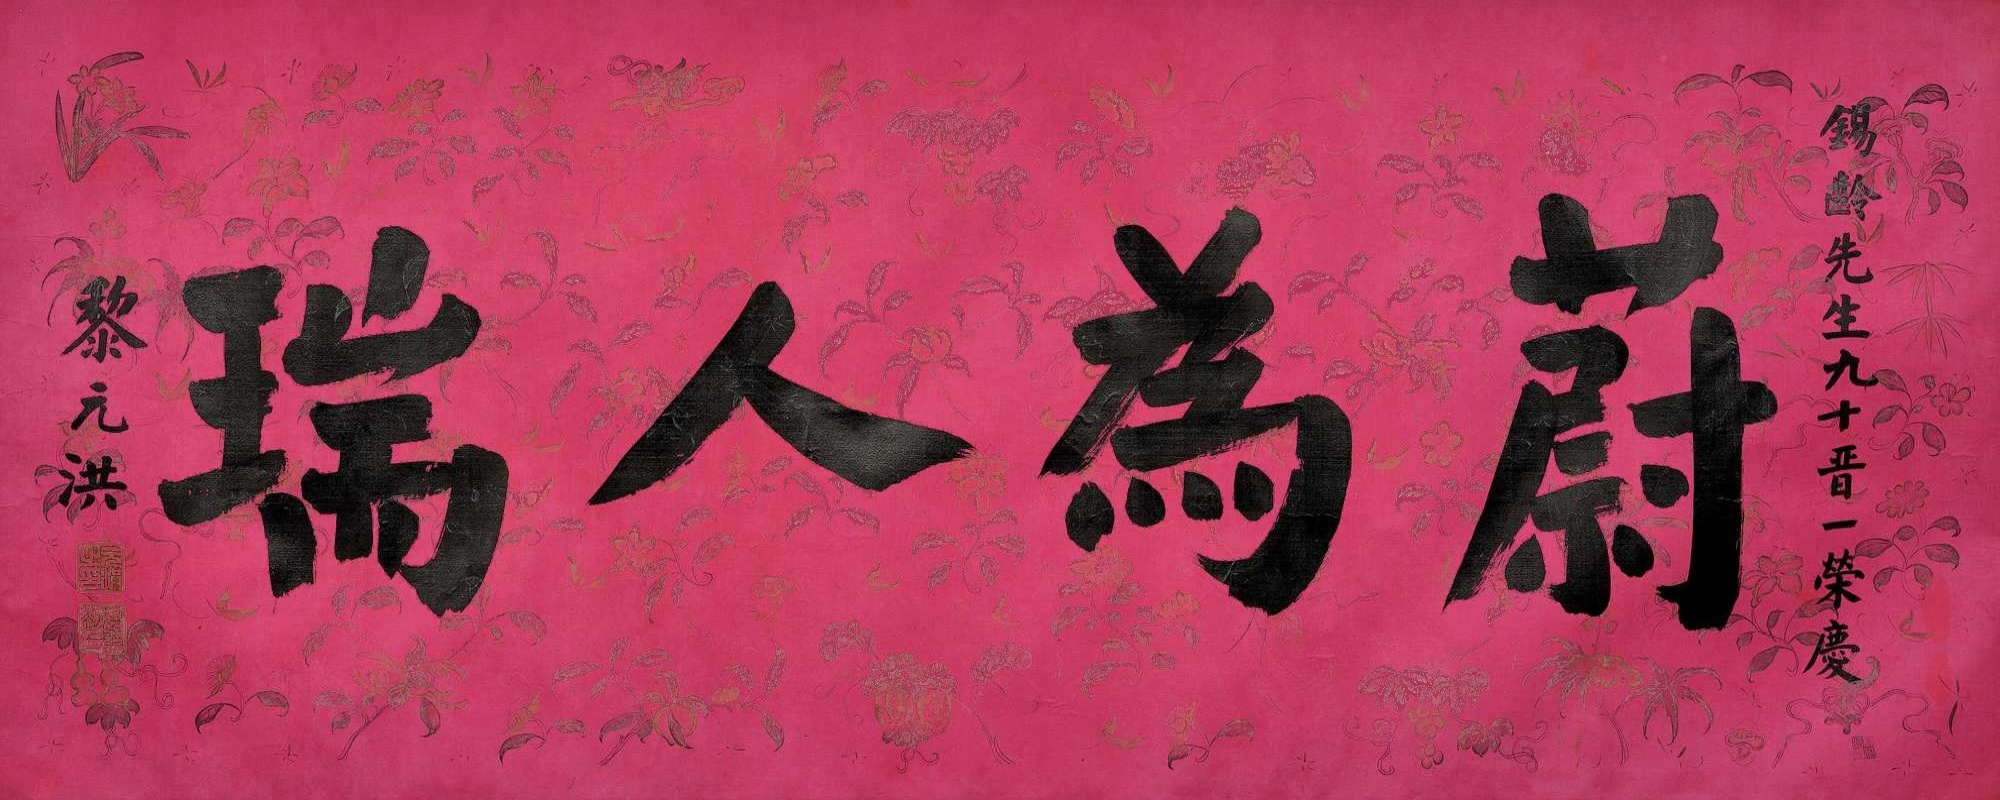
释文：蔚为人瑞。锡龄先生九十晋一荣庆，黎元洪。